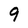
Character: 9